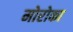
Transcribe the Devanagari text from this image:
मोरोका